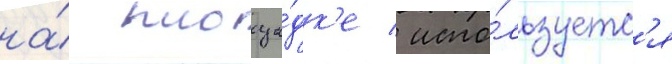
на́ площа́дк'е / испо́льзуетс'я